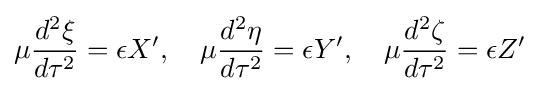
\mu {\frac {d^{2}\xi }{d\tau ^{2}}}=\epsilon X',\quad \mu {\frac {d^{2}\eta }{d\tau ^{2}}}=\epsilon Y',\quad \mu {\frac {d^{2}\zeta }{d\tau ^{2}}}=\epsilon Z'